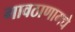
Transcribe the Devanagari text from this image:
गावठाणामधे